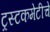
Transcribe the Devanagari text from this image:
ट्रस्टकमेटीचे